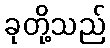
ခုတို့သည်